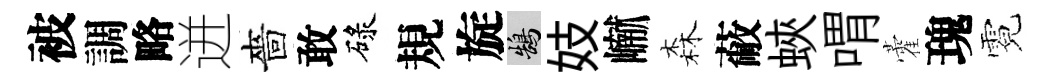
被調略迸嗇敢碌規旋鵠妓𪩘森蔽蛺喟藿瑰霓